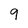
Character: 9